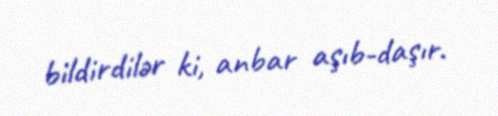
bildirdilər ki, anbar aşıb-daşır.